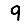
Digit: 9